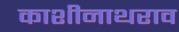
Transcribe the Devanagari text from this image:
काशीनाथराव